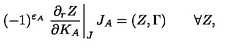
( - 1 ) ^ { \varepsilon _ { A } } \left. { \frac { \partial _ { r } Z } { \partial K _ { A } } } \right| _ { J } J _ { A } = ( Z , \Gamma ) \quad \quad \forall Z ,